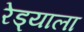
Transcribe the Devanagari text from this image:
रेड्याला